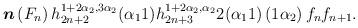
LaTeX: \begin{align*}\boldsymbol{n}\left( F_{n}\right) h_{2n+2}^{1+2\alpha _{2},3\alpha_{2}}(\alpha _{1}1)h_{2n+3}^{1+2\alpha _{2},\alpha _{2}}2(\alpha _{1}1)\left( 1\alpha _{2}\right)f_{n}f_{n+1}.\medskip \end{align*}